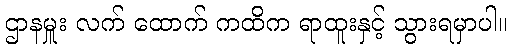
ဌာနမှူး လက် ထောက် ကထိက ရာထူးနှင့် သွားရမှာပါ။